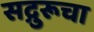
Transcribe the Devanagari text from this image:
सद्गुरूचा